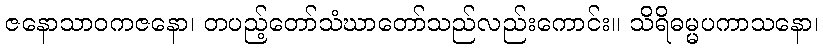
ဇနောသာဝကဇနော၊ တပည့်တော်သံဃာတော်သည်လည်းကောင်း။ သိရိဓမ္မပကာသနော၊